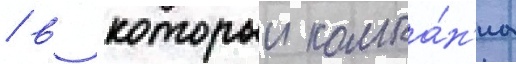
/ в которыи компа́н'иа